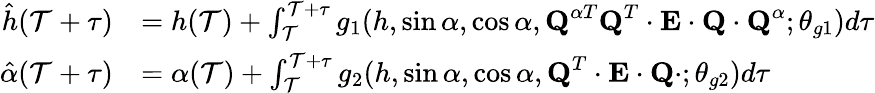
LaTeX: \begin{array}{rl}{\hat{h}(\mathcal{T}+\tau)}&{=h(\mathcal{T})+\int_{\mathcal{T}}^{\mathcal{T}+\tau}g_{1}(h,\sin\alpha,\cos\alpha,\textbf{Q}^{\alpha T}\textbf{Q}^{T}\cdot\textbf{E}\cdot\textbf{Q}\cdot\textbf{Q}^{\alpha};\theta_{g1})d\tau}\\ {\hat{\alpha}(\mathcal{T}+\tau)}&{=\alpha(\mathcal{T})+\int_{\mathcal{T}}^{\mathcal{T}+\tau}g_{2}(h,\sin\alpha,\cos\alpha,\textbf{Q}^{T}\cdot\textbf{E}\cdot\textbf{Q}\cdot;\theta_{g2})d\tau}\end{array}